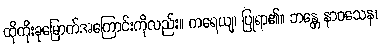
ထိုကိုးခုမြောက်အကြောင်းကိုလည်း။ ကရေယျ၊ ပြုရာ၏။ ဘန္တေ နာဂသေန၊